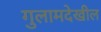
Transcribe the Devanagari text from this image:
गुलामदेखील